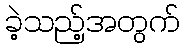
ခဲ့သည့်အတွက်